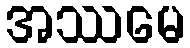
အဿမေ